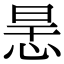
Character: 𢙶